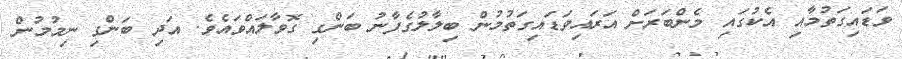
ވަޑައިގަތުމާއި އެކުގައި މެންބަރަށް އަރައިވަޑައިގަތުމުން ބިލާލުގެފާނު ބަންގި ގޮވާލައްވައެވެ. އަދި ބަންގި ނިމުމުން